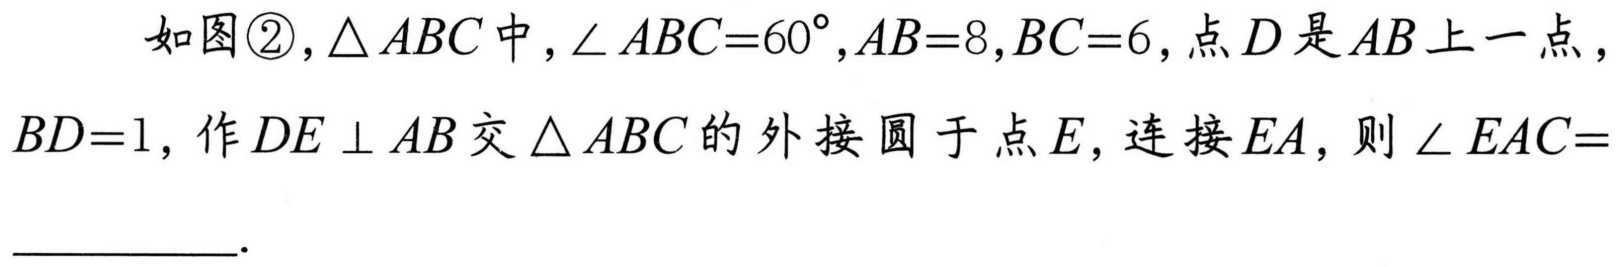
如图\textcircled{2}，$\triangle ABC$中，$\angle ABC = 60^{\circ},AB = 8,BC = 6$，点$D$是$AB$上一点，$BD = 1$，作$DE\perp AB$交$\triangle ABC$的外接圆于点$E$，连接$EA$，则$\angle EAC=$  ．